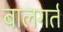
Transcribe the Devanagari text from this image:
बालगर्त